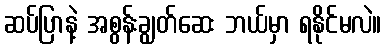
ဆပ်ပြာနဲ့ အစွန်းချွတ်ဆေး ဘယ်မှာ ရနိုင်မလဲ။